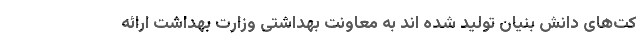
کت‌های دانش بنیان تولید شده اند به معاونت بهداشتی وزارت بهداشت ارائه